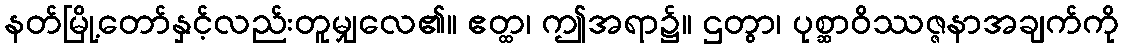
နတ်မြို့တော်နှင့်လည်းတူမျှလေ၏။ ဧတ္ထ၊ ဤအရာ၌။ ဌတွာ၊ ပုစ္ဆာဝိဿဇ္ဇနာအချက်ကို